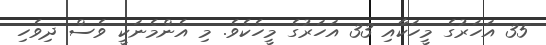
35 އަހަރުގެ މީހަކާއި 33 އަހަރުގެ މީހެކެވެ. މި އެންމެނަކީ ވެސް ދިވެހި